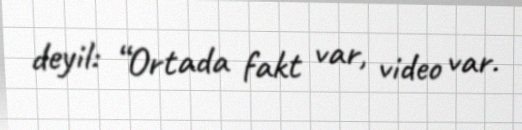
deyil: “Ortada fakt var, video var.